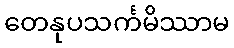
တေနုပသင်္ကမိဿာမ